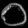
Digit: ၀